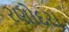
રણોદરા